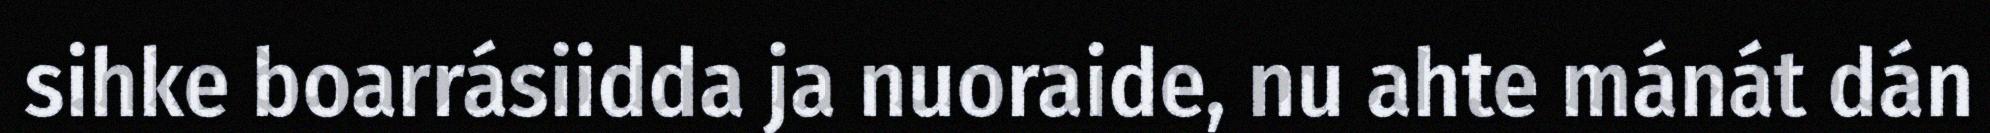
sihke boarrásiidda ja nuoraide, nu ahte mánát dán